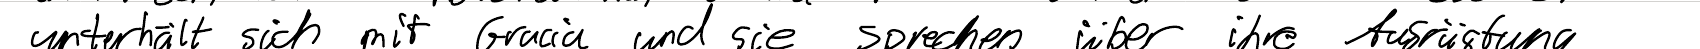
unterhält sich mit Gracia und sie sprechen über ihre Ausrüstung